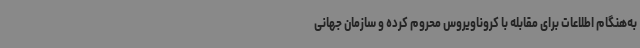
به‌هنگام اطلاعات برای مقابله با کروناویروس محروم کرده و سازمان جهانی